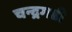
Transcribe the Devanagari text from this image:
चन्द्रगढी